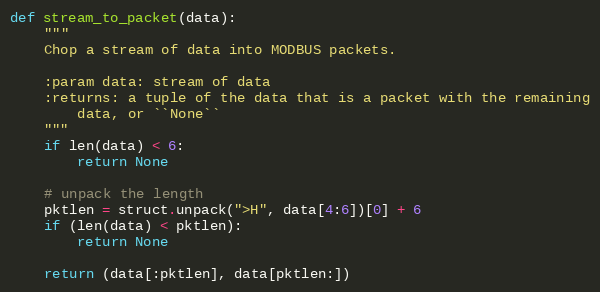
Language: Python
def stream_to_packet(data):
    """
    Chop a stream of data into MODBUS packets.

    :param data: stream of data
    :returns: a tuple of the data that is a packet with the remaining
        data, or ``None``
    """
    if len(data) < 6:
        return None

    # unpack the length
    pktlen = struct.unpack(">H", data[4:6])[0] + 6
    if (len(data) < pktlen):
        return None

    return (data[:pktlen], data[pktlen:])